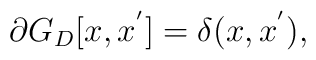
\partial G_D[x,x^{'}] = \delta (x, x^{'}),